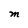
Character: M